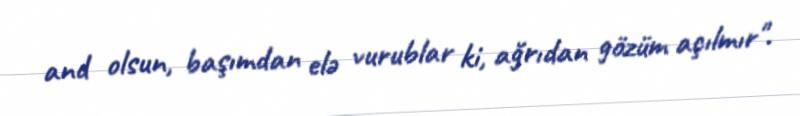
and olsun, başımdan elə vurublar ki, ağrıdan gözüm açılmır".